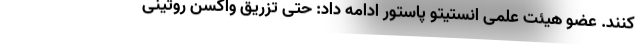
کنند. عضو هیئت علمی انستیتو پاستور ادامه داد: حتی تزریق واکسن روتینی